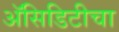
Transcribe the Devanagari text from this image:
अॅसिडिटीचा